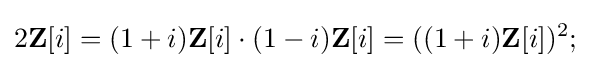
2\mathbf {Z} [i]=(1+i)\mathbf {Z} [i]\cdot (1-i)\mathbf {Z} [i]=((1+i)\mathbf {Z} [i])^{2};